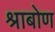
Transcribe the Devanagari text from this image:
श्राबोण